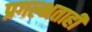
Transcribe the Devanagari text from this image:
प्रगल्भताही